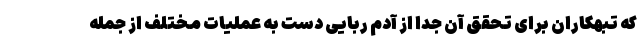
که تبهکاران برای تحقق آن جدا از آدم ربایی دست به عملیات مختلف از جمله